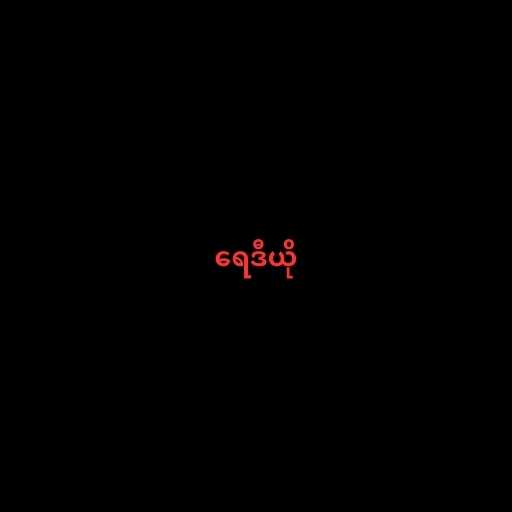
ရေဒီယို